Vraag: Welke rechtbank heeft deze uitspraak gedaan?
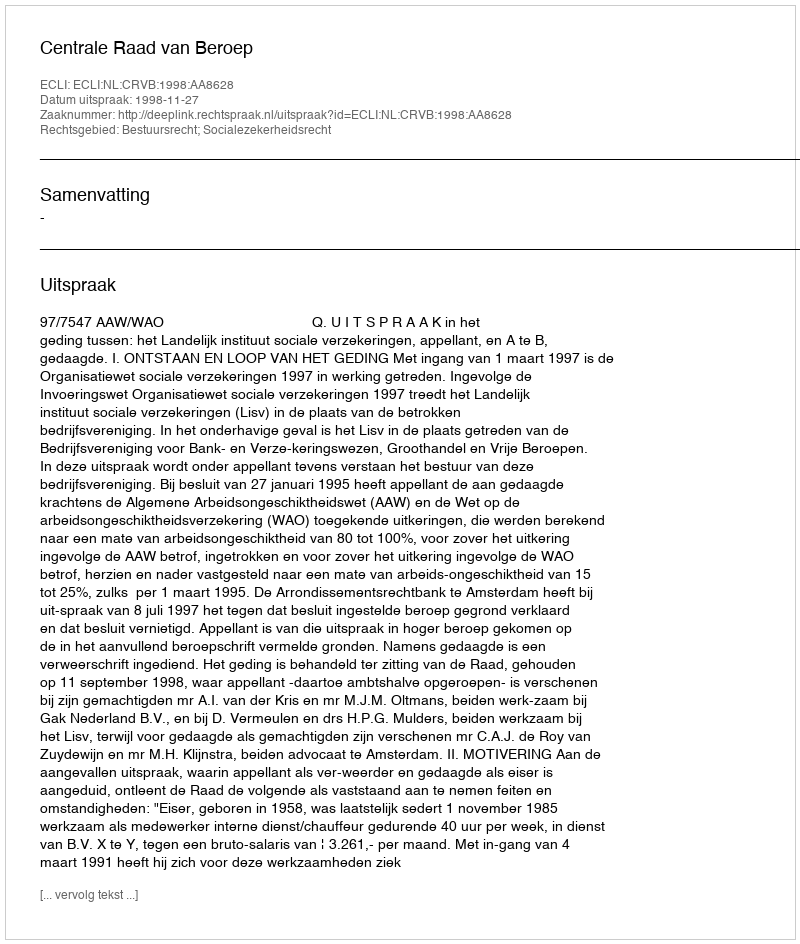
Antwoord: Centrale Raad van Beroep